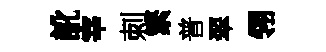
訛宰刺繁普翠翎